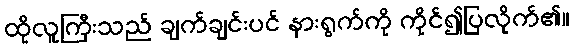
ထိုလူကြီးသည် ချက်ချင်းပင် နားရွက်ကို ကိုင်၍ပြလိုက်၏။